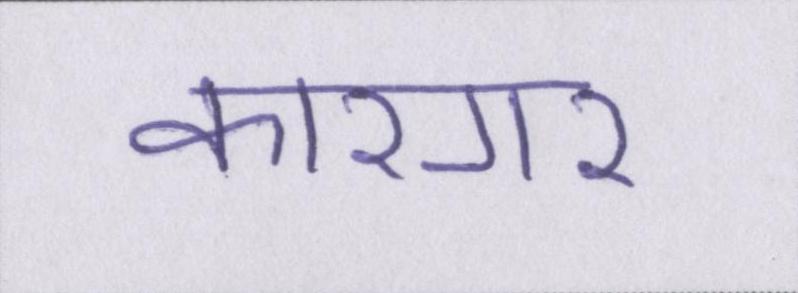
कारगर